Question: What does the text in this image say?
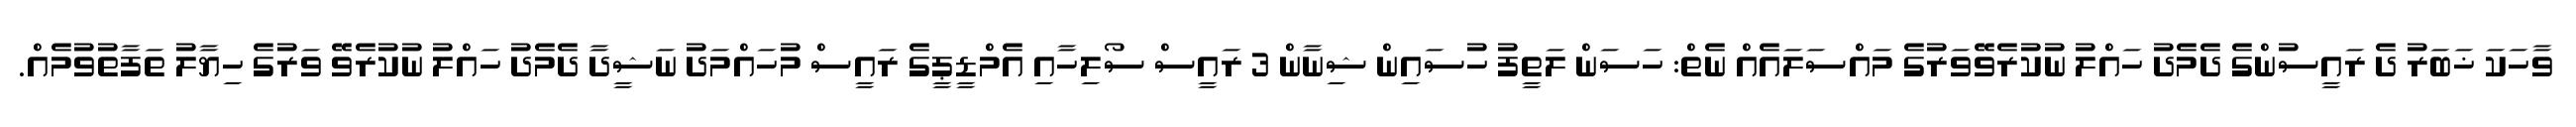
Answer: ވާހަކަ ޚަބަރު ދެ ރައީސުންގެ ދެމެދު ހައްލު ނުކުރެވޭވަރުގެ މައްސަލައެއް ނެތް: ހަސަން ލަތީފު ހުސައިން ޝިނާން 3 ރައީސް ސޯލިހާއި އެމްޑީޕީގެ ރައީސް މުހައްމަދު ނަޝީދާ ދެމެދު ހައްލު ނުކުރެވޭ ވަރުގެ ހިޔާލު ތަފާތުވުމެއް.